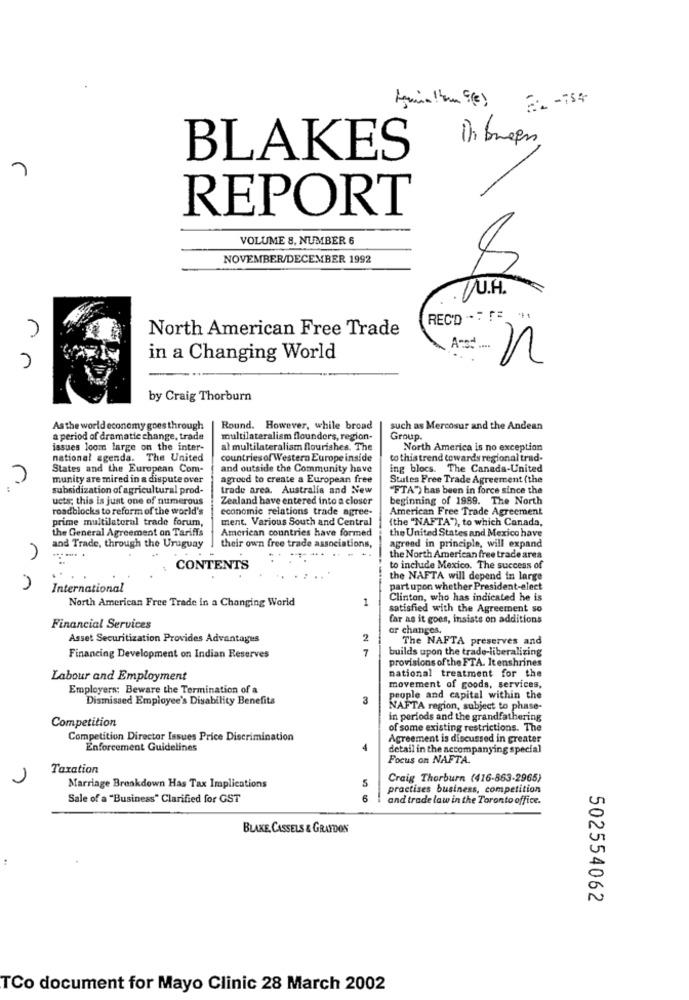
in breen
BLAKES
REPORT
VOLUME 8, NUMBER 6
NOVEMBER/DECEMBER 1992
WU.H.
REC'D .. !
North American Free Trade
in a Changing World
n
rn
by Craig Thorburn
As the world economy goes through
Round. However, while broad
such as Mercosur and the Andean
a period of dramatic change, trade
multilateralism flounders, region-
Group.
issues loom large on the inter-
al multilateralism flourishes. The
North America is no exception
national agenda. The United
countriesof Western Europe inside
to thistrend towards regional trad-
States and the European Com-
and outside the Community have
ing blocs. The Canada-United
munity are mired in a dispute over
agreed to create a European free
States Free Trade Agreement (the
subsidization of agricultural prod-
trade area. Australia and New
"FTA") has been in force since the
ucts; this is just one of numerous
Zealand have entered into a closer
beginning of 1989. The North
roadblocks to reform of the world's
economic relations trade agree-
American Free Trade Agreement
prime multilateral trade forum,
ment. Various South and Central
(the "NAFTA"), to which Canada,
the General Agreement on Tariffs
American countries have formed
the United States and Mexico have
and Trade, through the Uruguay
.......
their own free trade associations,
agrend in principle, will expand
the North American free trade area
CONTENTS
to include Mexico. The success of
the NAFTA will depend in large
International
part upon whether President-elect
North American Free Trade In a Changing World
1
Clinton, who has indicated he is
satisfied with the Agreement so
far as it goes, insiste on additions
Financial Services
or changes.
Asset Securitization Provides Advantages
2
The NAFTA preserves and
7
builds upon the trade-liberalizing
Financing Development on Indian Reserves
provisions of the FTA. It enshrines
national treatment for the
Labour and Employment
Employers: Beware the Termination of a
movement of goods, services,
Dismissed Employee's Disability Benefits
3
people and capital within the
NAFTA region, subject to phase-
Competition
in periods and the grandfathering
of some existing restrictions. The
Competition Director Issues Price Discrimination
Agreement is discussed in greater
Enforcement Guidelines
detail in the accompanying special
Focus on NAFTA.
Taxation
5
Craig Thorburn (416-863-2965)
Marriage Breakdown Has Tax Implications
practises business, competition
Sale of a "Business" Clarified for GST
6
and trade law in the Toronto office.
BLAKE, CASSELS & GRAYDON
502554062
TCo document for Mayo Clinic 28 March 2002